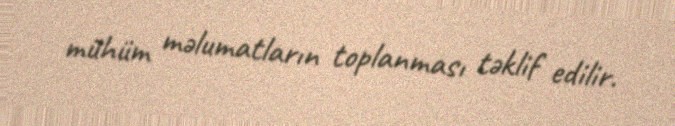
mühüm məlumatların toplanması təklif edilir.